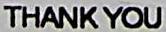
THANK YOU